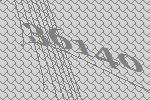
36140